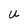
Character: U